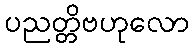
ပညတ္တိဗဟုလော